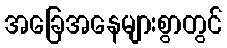
အခြေအနေများစွာတွင်